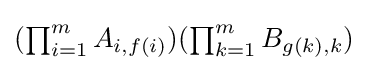
\textstyle (\prod _{i=1}^{m}A_{i,f(i)})(\prod _{k=1}^{m}B_{g(k),k})